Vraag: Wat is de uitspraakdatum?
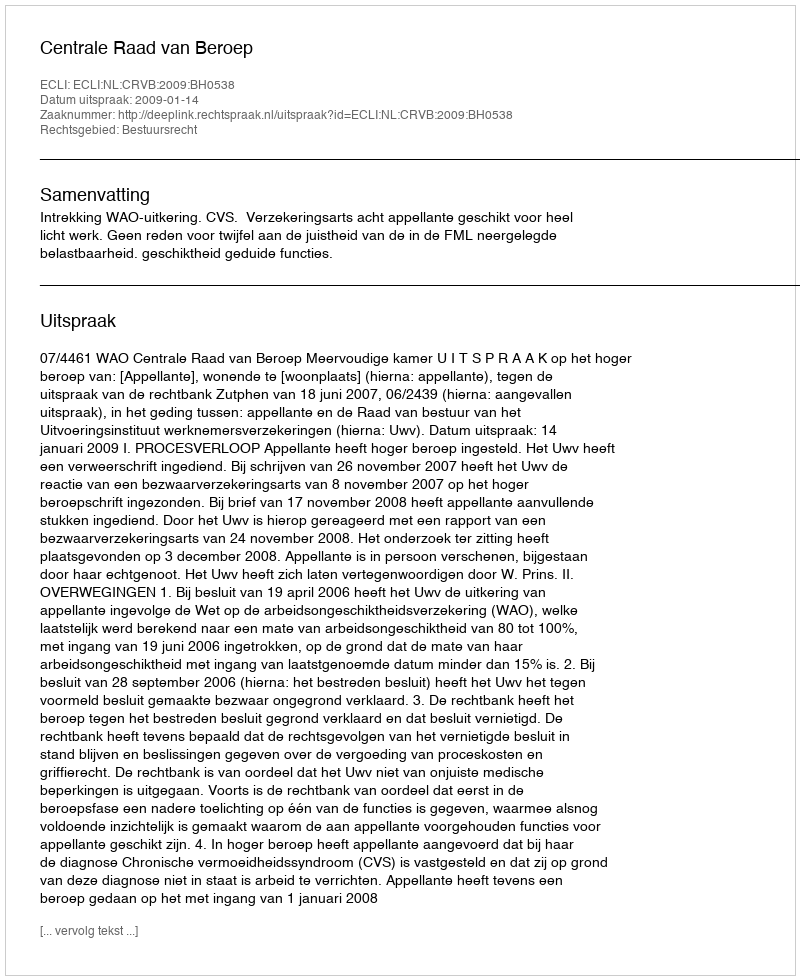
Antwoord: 2009-01-14